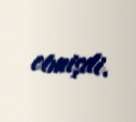
etmişdi.